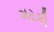
ગરકી